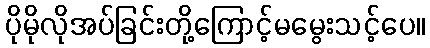
ပိုမိုလိုအပ်ခြင်းတို့ကြောင့်မမွေးသင့်ပေ။